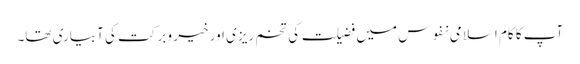
آپ کا کام اسلامی نفوس میں فضیلت کی تخم ریزی اور خیر و برکت کی آبیاری تھا۔